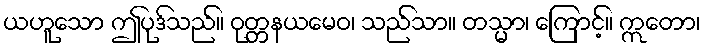
ယဟူသော ဤပုဒ်သည်။ ဝုတ္တနယမေဝ၊ သည်သာ။ တသ္မာ၊ ကြောင့်။ ဣတော၊